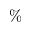
\%